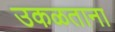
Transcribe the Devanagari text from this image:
उकळताना